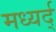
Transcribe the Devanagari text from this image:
मध्यर्द्